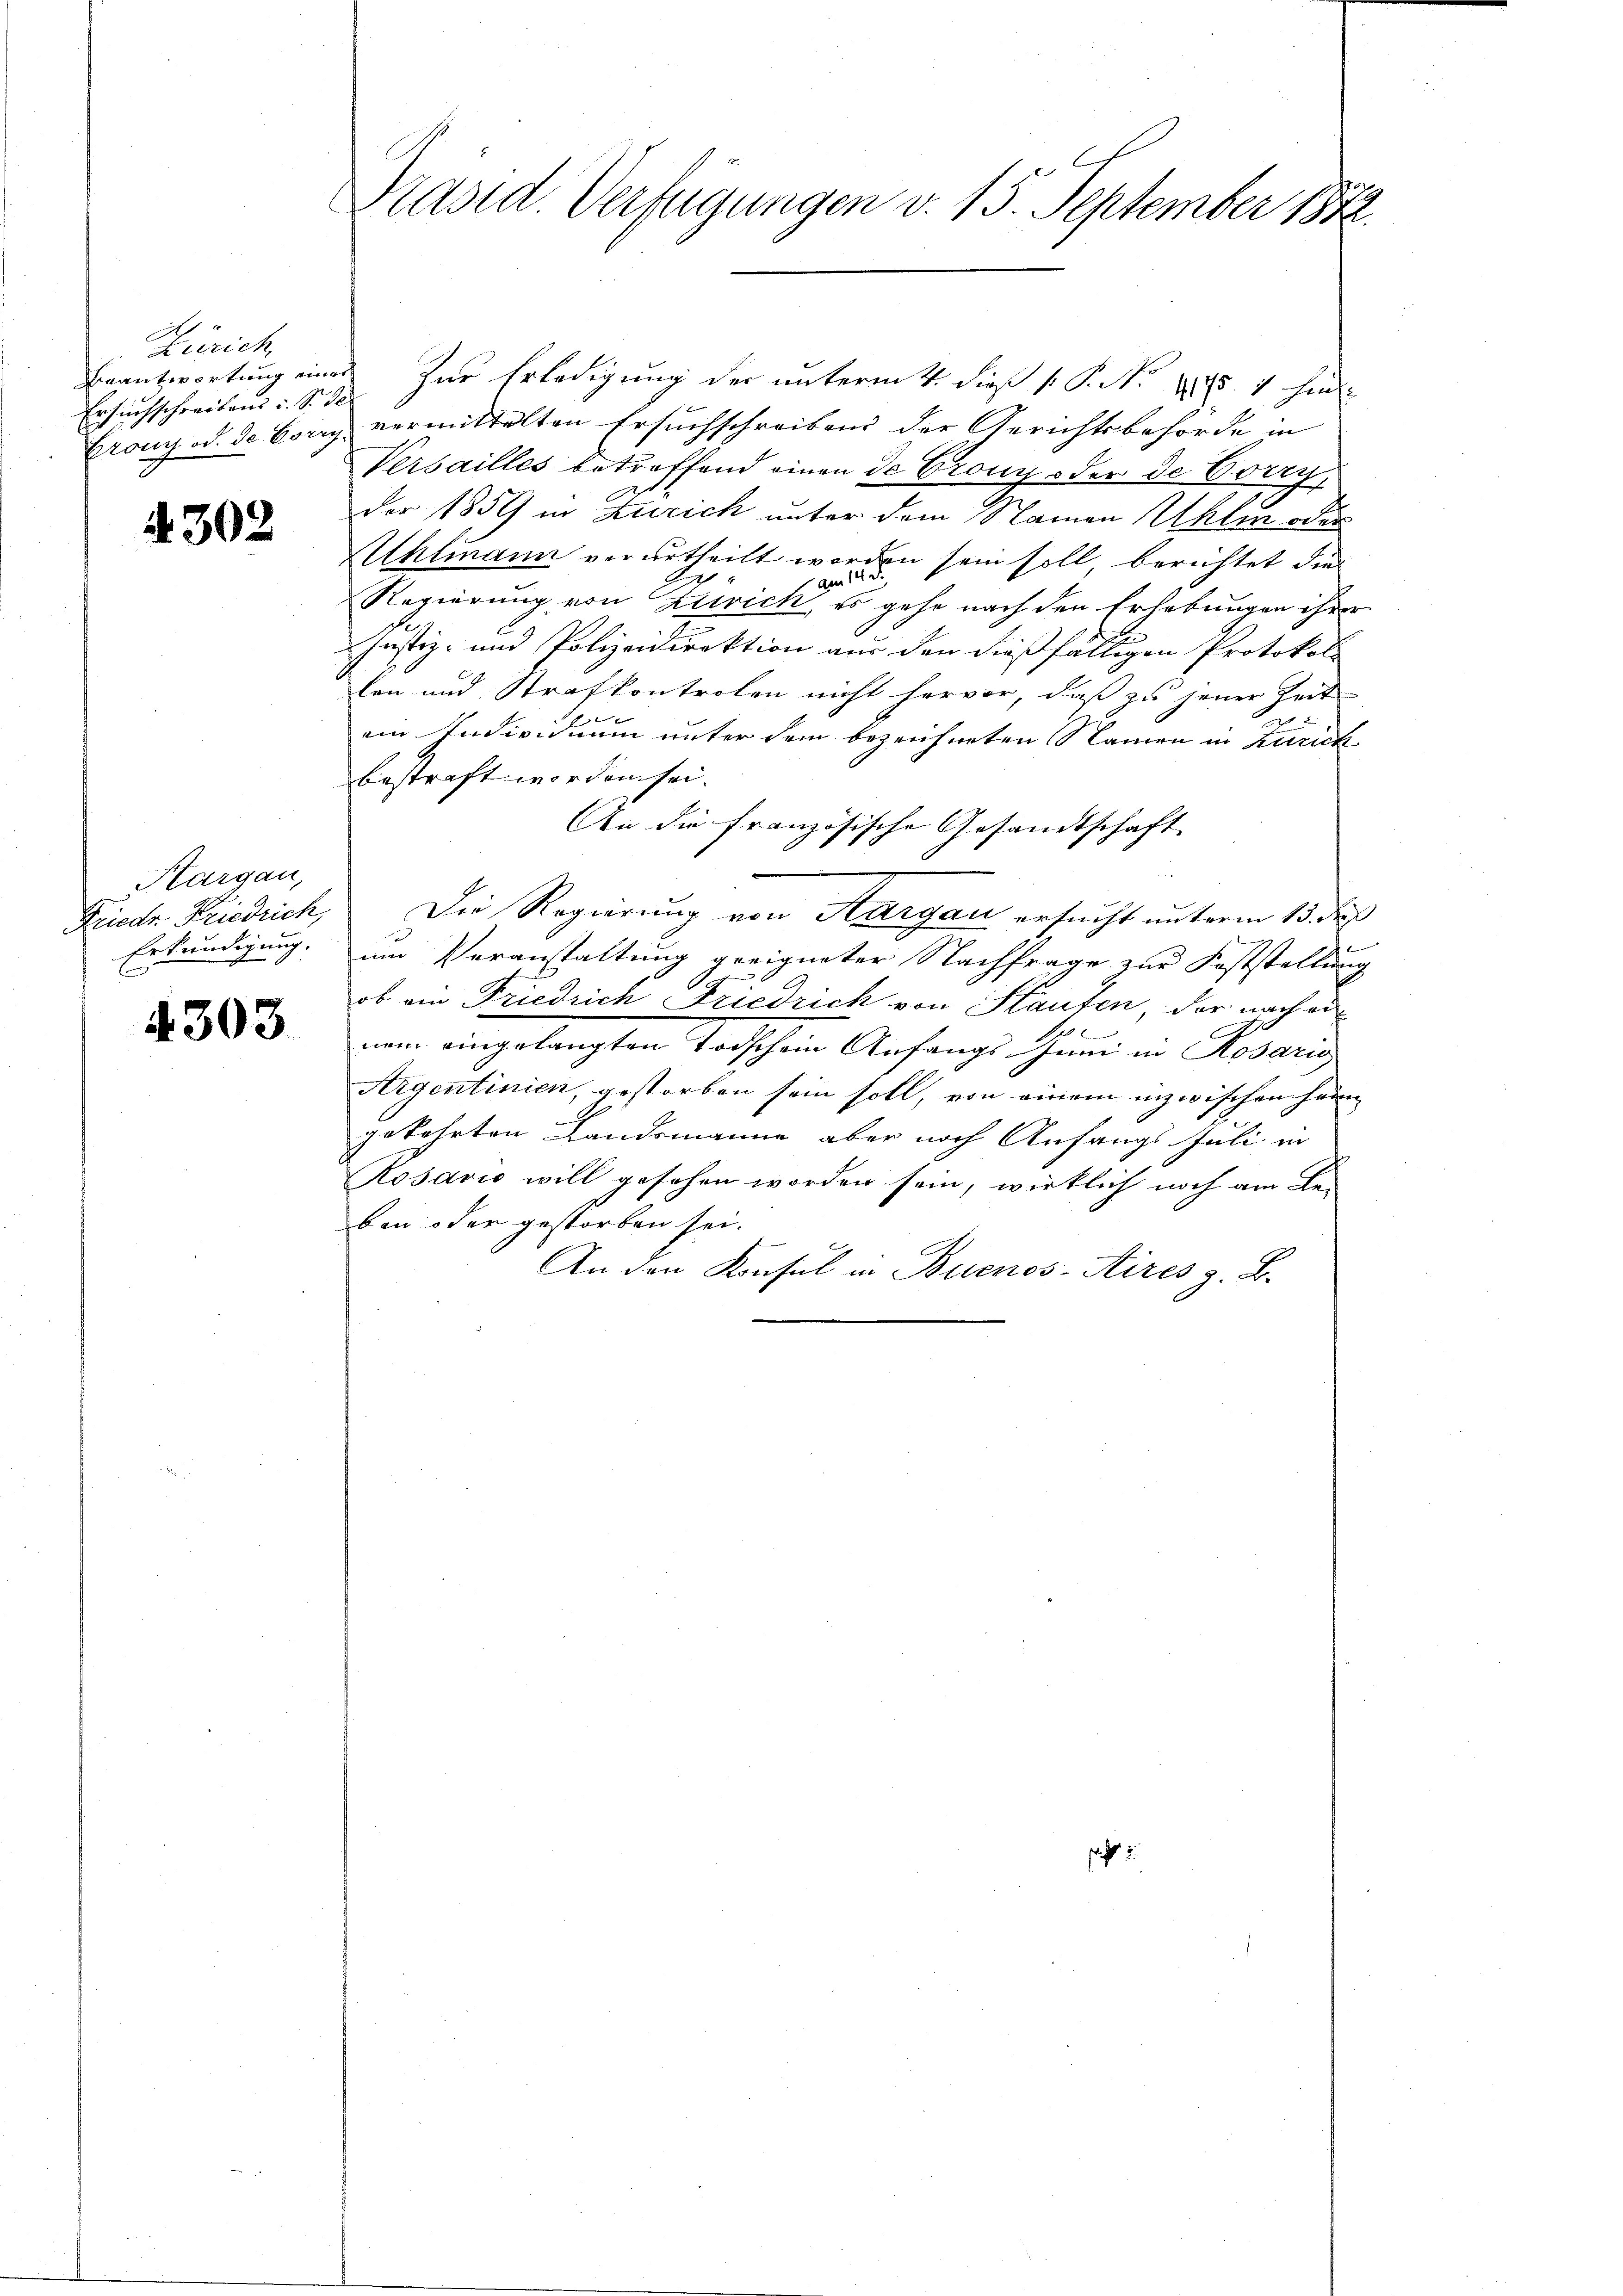
Zürich,
Beantwortung eine
Ersuchschreibens u. S. 3

4302

Hargau,
Friedr. Friedrich,
Erkundigung.

4303

Präsid. Verfügungen v. 15. September 1822.

Zur Erledigung der unterm 4. dieß P. P. Nr. 285. 1 hin
Crony od. 30 Corry vermittelten Ersŭchschreiben der Gerichtsbehörde in
Versailles betreffend einen de Crony oder de Corry,
der 1859 in Zürich unter dem Namen Akli oder
Uhlmann verurtheilt worden sein soll, berichtet die
am 14. d.
Regierung von Zürich, es gehe nach den Erhebungen ihrer
Justiz- und Polizeidirektion aus den dießfälligen Protokoll
len und Strafkontrolen nicht hervor, daß zu jener Zeit
ein Individuum unter dem bezeichneten Namen in Zürich
bestraft worden sei.
An die französische Gesandtschaft
Die Regierung von Aargau ersucht unterm 15. Fuß
um Veranstaltung geeigneter Nachfrage zur Feststellung
ob ain Friedrich Friedrich von Staufen, der nach ein
 x
am eingelangten Vorschein Anfangs thun in Rosaris
Aigentinien, gestorben sein soll, von einem inzwischen Han
gekehrten Landsmanne aber noch Anfangs Juli in
Rosavio will gesehen worden sein, wirklich noch am Le-
ben oder gestorben sei.
An den Konsul in Buenos-Aires z. B.

sicht